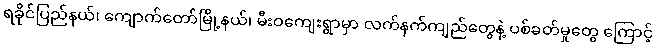
ရခိုင်ပြည်နယ်၊ ကျောက်တော်မြို့နယ်၊ မီးဝကျေးရွာမှာ လက်နက်ကျည်တွေနဲ့ ပစ်ခတ်မှုတွေ ကြောင့်